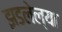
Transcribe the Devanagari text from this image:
झडलेल्या